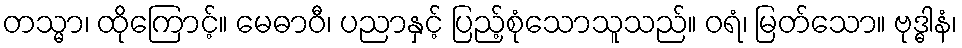
တသ္မာ၊ ထိုကြောင့်။ မေဓာဝီ၊ ပညာနှင့် ပြည့်စုံသောသူသည်။ ဝရံ၊ မြတ်သော။ ဗုဒ္ဓါနံ၊